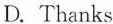
D.Thanks